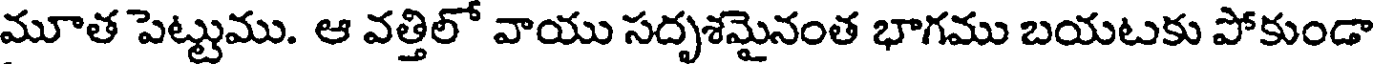
మూత పెట్టుము. ఆ వత్తిలో వాయు సదృశమైనంత భాగము బయటకు పోకుండా